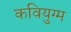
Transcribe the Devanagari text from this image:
कवियुग्म